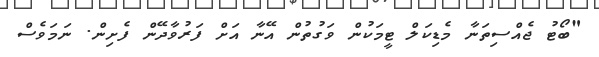
"ބޯޓު ޖެއްސިތަނާ މެޑިކަލް ޓީމަކުން ވަގުތުން އޭނާ އަށް ފަރުވާދޭން ފެށިން. ނަމަވެސް